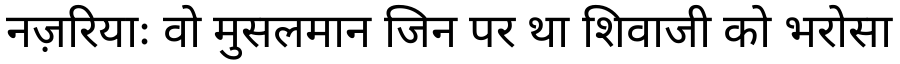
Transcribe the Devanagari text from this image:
नज़रियाः वो मुसलमान जिन पर था शिवाजी को भरोसा